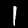
Label: 1